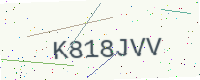
Text: K818JVV